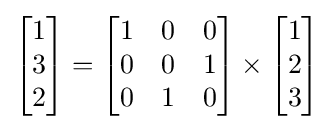
{\begin{bmatrix}1\\3\\2\\\end{bmatrix}}={\begin{bmatrix}1&0&0\\0&0&1\\0&1&0\\\end{bmatrix}}\times {\begin{bmatrix}1\\2\\3\\\end{bmatrix}}_{}